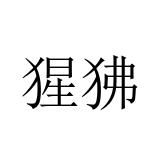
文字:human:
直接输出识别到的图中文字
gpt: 猩狒